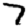
Digit: 7